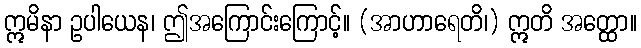
ဣမိနာ ဥပါယေန၊ ဤအကြောင်းကြောင့်။ (အာဟာရေတိ၊) ဣတိ အတ္ထော။